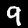
Digit: 9